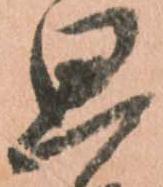
思